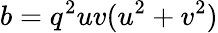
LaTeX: b=q^{2}uv(u^{2}+v^{2})